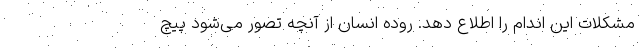
مشکلات این اندام را اطلاع دهد. روده انسان از آنچه تصور می‌شود پیچ